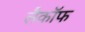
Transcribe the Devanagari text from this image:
लैकॉफ